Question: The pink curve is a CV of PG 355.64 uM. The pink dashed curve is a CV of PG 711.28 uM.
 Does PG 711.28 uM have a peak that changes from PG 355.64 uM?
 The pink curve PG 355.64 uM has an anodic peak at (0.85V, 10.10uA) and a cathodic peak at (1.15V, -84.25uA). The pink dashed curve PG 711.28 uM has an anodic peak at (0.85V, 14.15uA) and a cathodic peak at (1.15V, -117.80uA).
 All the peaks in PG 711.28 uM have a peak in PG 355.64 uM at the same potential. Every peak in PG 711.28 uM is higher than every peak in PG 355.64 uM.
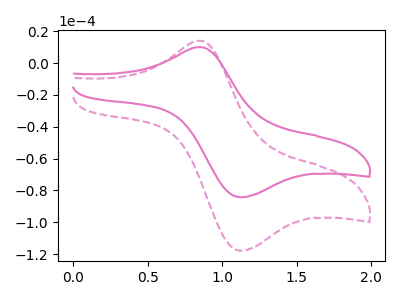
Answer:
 <answer>No, "PG 711.28 uM" and "PG 355.64 uM" don't appear to be significantly different in shape</answer>
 <eval>no_change</eval>